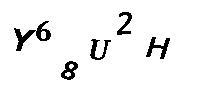
Y68U2H